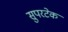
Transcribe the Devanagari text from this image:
सुपरटेक